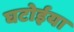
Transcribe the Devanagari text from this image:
घटोईया